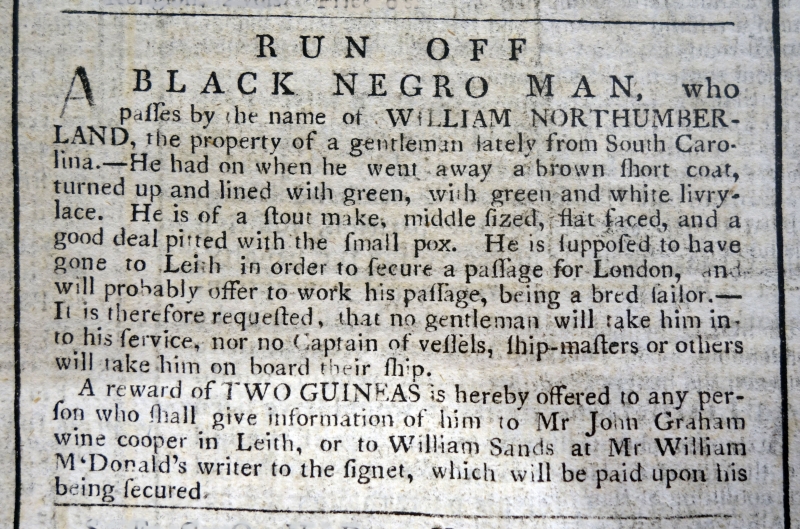
Edinburgh Evening Courant, 6 February 1773 (Scotland)
         R U N  O F FA BLACK NEGRO MAN, who passes by the name of WILLIAM NORTHUMBERLAND, the property of a gentleman lately from South Carolina. – He had on when he went away a brown short coat, turned up and lined with green, with green and white livry-lace. He is of a stout make, middle sized, flat faced, and a good deal pitted with the small pox. He is supposed to have gone to Leith in order to secure a passage to London, and will probably offer to work his passage, being a bred sailor. - It is therefore requested, that no gentlemen will take him into his service, nor no Captain of vessels, ship-masters or others will take him on board their ship.   A reward of TWO GUINEAS is hereby offered to any person who shall give information of him to Mr John Graham wine cooper in Leith, or to William Sands at Mr William McDonald’s writer to the signet, which will be paid upon his being secured.